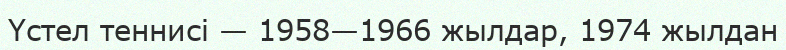
Үстел теннисі — 1958—1966 жылдар, 1974 жылдан